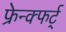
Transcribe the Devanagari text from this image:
फ्रेन्क्फर्ट्